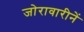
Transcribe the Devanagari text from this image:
जोरावारीनें